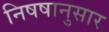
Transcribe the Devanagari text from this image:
निषषानुसार